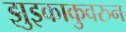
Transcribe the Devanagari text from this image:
झुइकाकुवरुन